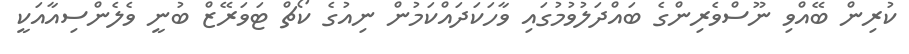
ކުރިން ބޭއްވި ނޫސްވެރިންގެ ބައްދަލުވުމުގައި ވާހަކަދައްކަމުން ނިއުގެ ކޯޗް ޓަވަރޭޒް ބުނީ ވެލެންސިއާއަކީ